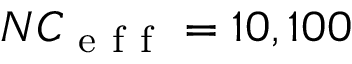
N C _ { \mathrm { ~ e ~ f ~ f ~ } } = 1 0 , 1 0 0